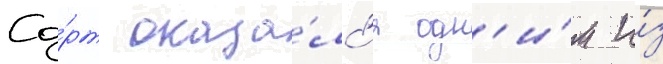
Со́рт оказа́лс'я одн'и́м и́з